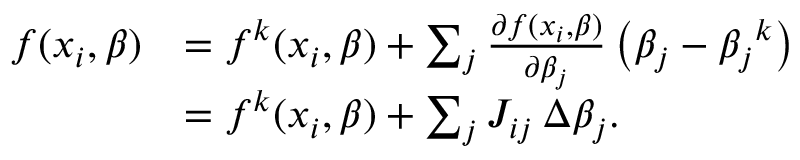
{ \begin{array} { r l } { f ( x _ { i } , { \boldsymbol { \beta } } ) } & { = f ^ { k } ( x _ { i } , { \boldsymbol { \beta } } ) + \sum _ { j } { \frac { \partial f ( x _ { i } , { \boldsymbol { \beta } } ) } { \partial \beta _ { j } } } \left( \beta _ { j } - { \beta _ { j } } ^ { k } \right) } \\ & { = f ^ { k } ( x _ { i } , { \boldsymbol { \beta } } ) + \sum _ { j } J _ { i j } \, \Delta \beta _ { j } . } \end{array} }